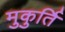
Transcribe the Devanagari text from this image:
मुकुर्ति